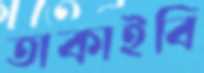
তাকাইবি